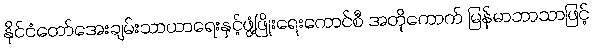
နိုင်ငံတော်အေးချမ်းသာယာရေးနှင့်ဖွံ့ဖြိုးရေးကောင်စီ အတိုကောက် မြန်မာဘာသာဖြင့်